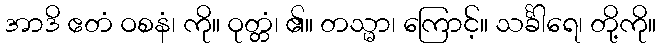
အာဒိ ဧတံ ဝစနံ၊ ကို။ ဝုတ္တံ၊ ၏။ တသ္မာ၊ ကြောင့်။ သင်္ခါရေ၊ တို့ကို။